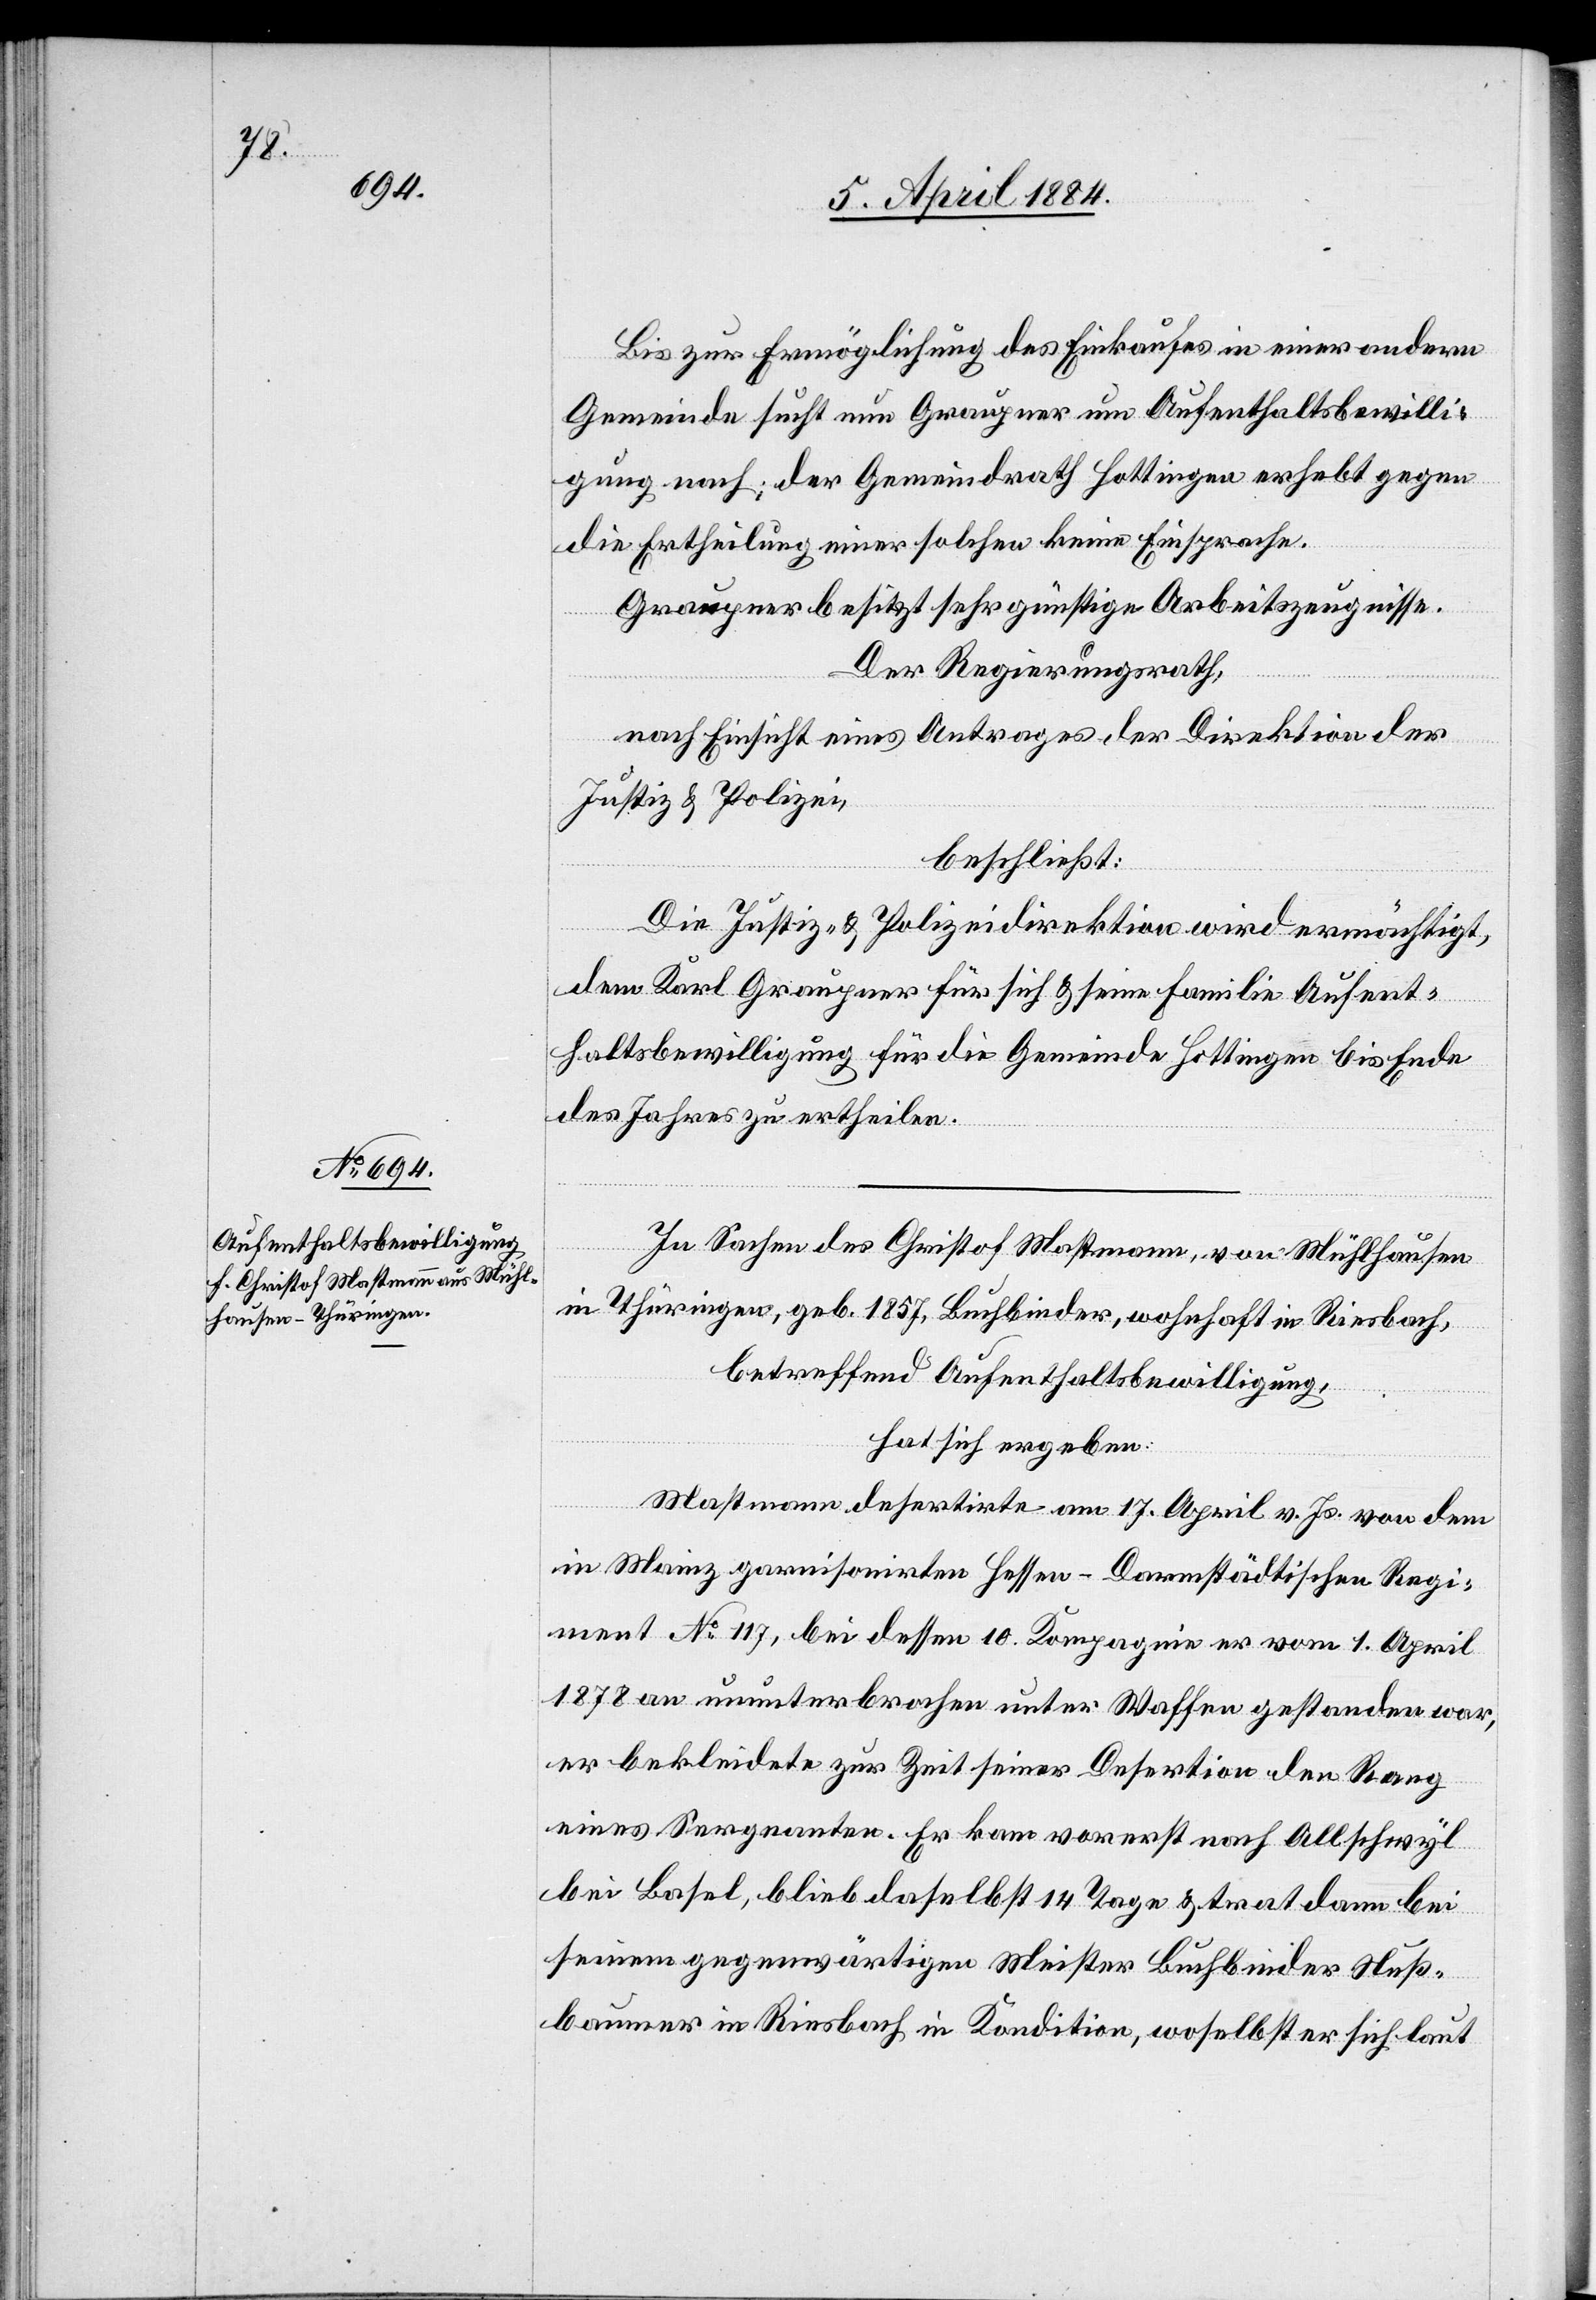
Bis zur Ermöglichung des Einkaufes in einer andern
Gemeinde sucht nun Graupner um Aufenthaltsbewilli¬
gung nach; der Gemeindrath Hottingen erhebt gegen
die Ertheilung einer solchen keine Einsprache.
Graupner besitzt sehr günstige Arbeitszeugnisse.
Der Regierungsrath,
nach Einsicht eines Antrages der Direktion der
Justiz & Polizei,
beschließt:
Die Justiz- & Polizeidirektion wird ermächtigt,
dem Karl Graupner für sich & seine Familie Aufent¬
haltsbewilligung für die Gemeinde Hottingen bis Ende
des Jahres zu ertheilen.
In Sachen des Christof Mastmann, von Mühlhausen
in Thüringen, geb. 1857, Buchbinder, wohnhaft in Riesbach,
betreffend Aufenthaltsbewilligung,
hat sich ergeben:
Mastmann desertirte am 17. April v. Js. von dem
in Mainz garnisonirten Hessen – Darmstädtischen Regi¬
ment No 117, bei dessen 10. Kompanie er vom 1. April
1878 an ununterbrochen unter Waffen gestanden war,
er bekleidete zur Zeit seiner Desertion den Rang
eines Sergeanten. Er kam vorerst nach Allschwyl
bei Basel, blieb daselbst 14 Tage & trat dann bei
seinem gegenwärtigen Meister Buchbinder Nuß¬
baumer in Riesbach in Kondition, woselbst er sich laut